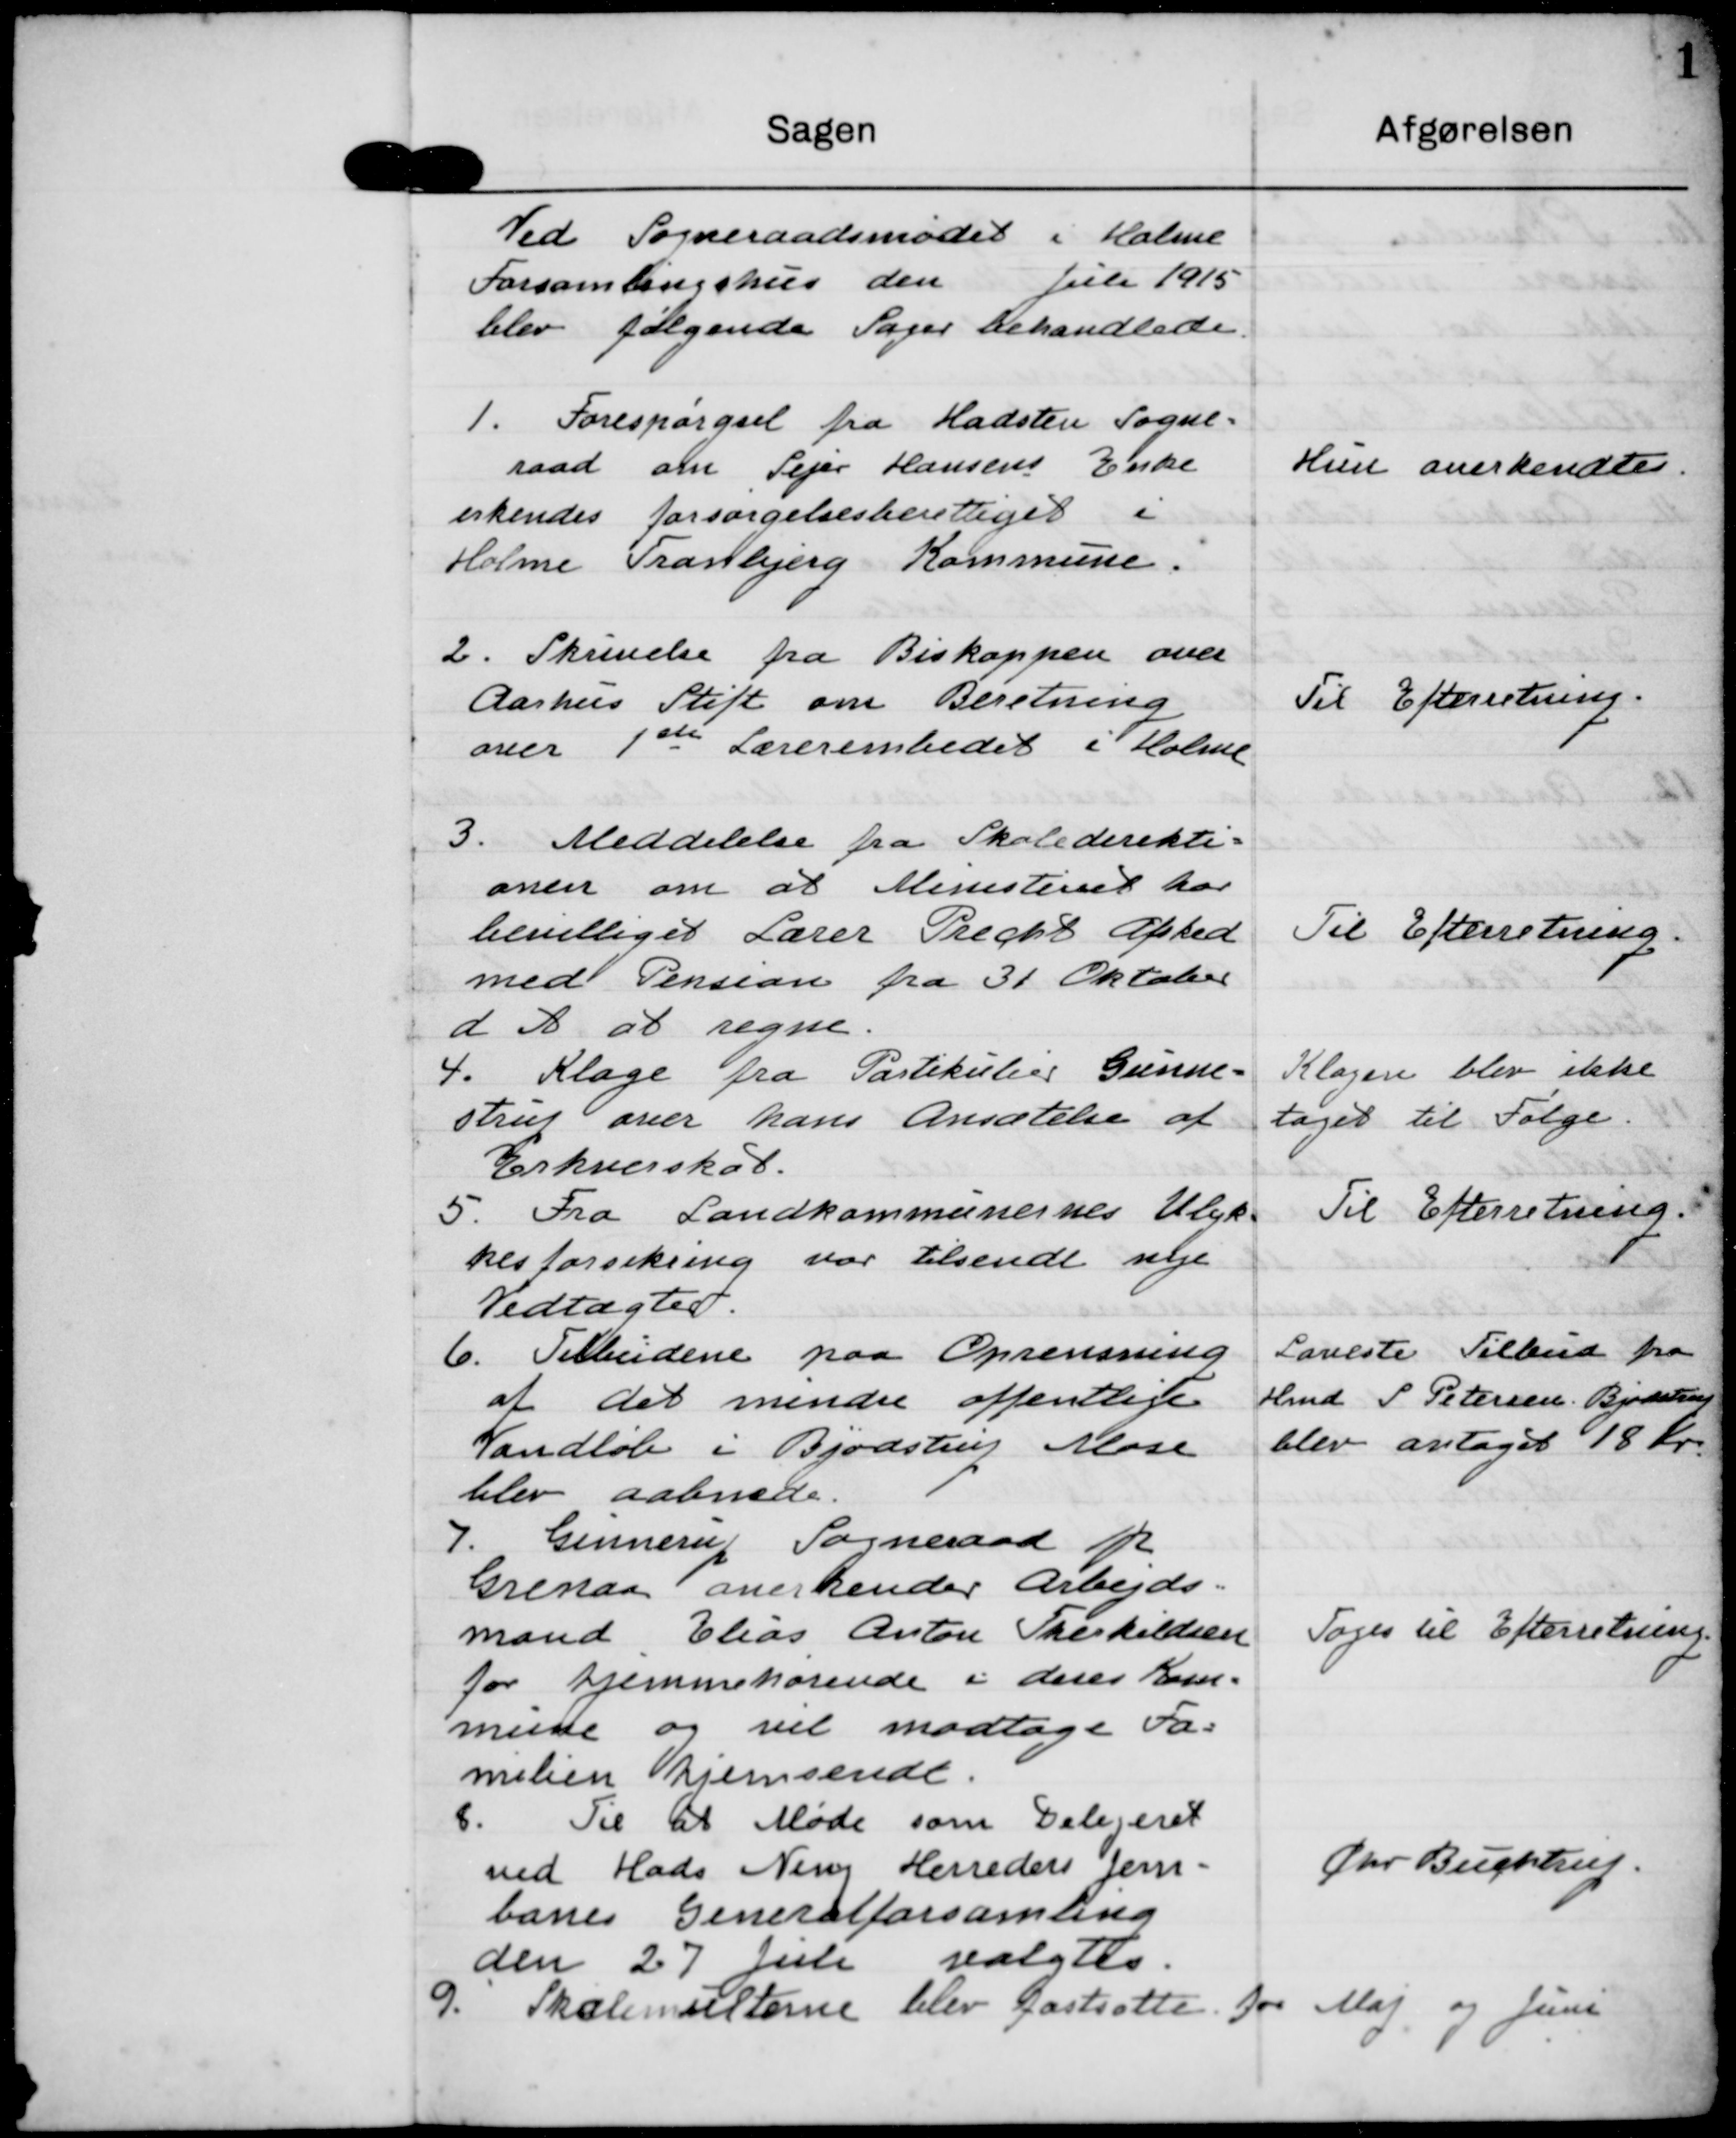
Transskription:
Ved Sogneraadsmødet i Holme
Forsamlingshus den Juli 1915
blev følgende Sager behandlede.

1. Forespørgsel fra Hadsten Sogne-
raad om Sejer Hansens Enke
erkendes forsørgelsesberettiget i
Holme Tranbjerg Kommune.

Hun anerkendtes.

2. Skrivelse fra Biskoppen over
Aarhus Stift om Beretning
over 1ste Lærerembedet i Holme

Til Efterretning.

3. Meddelelse fra Skoledirekti=
onen om at Ministeriet har 
bevilliget Lærer Precht Afsked
med Pension fra 31 Oktober
d A at regne.

Til Efterretning.

4. Klage fra Partikulier Gunne=
strup over hans Ansætelse af
Erhverskat.

Klagen blev ikke
taget til Følge.

5. Fra Landkommunernes Ulyk-
kesforsikring var tilsendt nye
Vedtægter.

Til Efterretning.

6. Tilbudene paa Oprensning
af det mindre offentlige
Vandløb i Bjødstrup Mose
blev aabnede.

Laveste Tilbud fra
Hmd S Petersen Bjødstrup
blev antaget 18 kr.

7. Ginnerup Sogneraad pr
Grenaa anerkender Arbejds-
mand Elias Anton Therkildsen
for hjemmehørende i deres Kom-
mune og vil modtage Fa-
milien hjemsendt.

Toges til Efterretning.

8. Til at Møde som Delegeret
ved Hads Ning Herreder Jern
banes Generalforsamling
den 27 Juli valgtes.

Chr Buchtrup.

Skolemulterne blev fastsatte for Maj og Juni